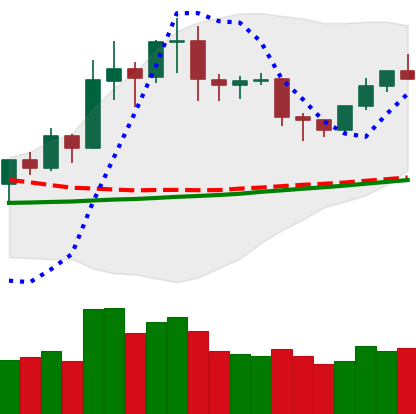
Ticker: NEO-USD
Chart end date: 2020-01-29
Forward return: 5.663%
Label: up_5_7